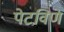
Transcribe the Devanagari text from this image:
पेटविणे